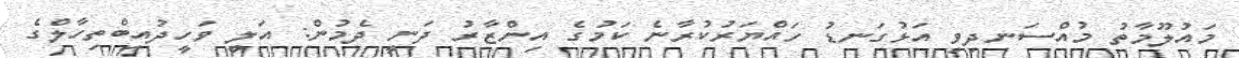
މައުލޫމާތު މުއްސަނދިވި އަޅުގަނޑު ހައްޔަރުކުރާނެ ކަމުގެ އިންޒާރު ދަނީ ދެމުން: އަލީ ވަހީދުއިބްތިހާލްގެ